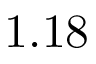
1 . 1 8